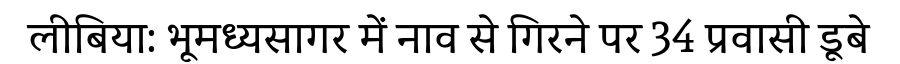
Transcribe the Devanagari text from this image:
लीबिया: भूमध्यसागर में नाव से गिरने पर 34 प्रवासी डूबे